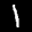
Label: 1